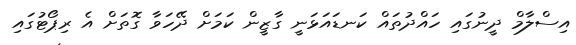
އިސްލާމް ދީނުގައި ހައްދުތައް ކަނޑައަޅަނީ ގާޒީން ކަމަށް ދޭހަވާ ގޮތަށް އެ ރިޕޯޓުގައި